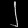
Digit: ၂